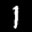
Label: 1